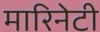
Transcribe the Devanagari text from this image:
मारिनेटी